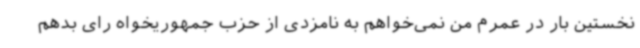
نخستین بار در عمرم من نمی‌خواهم به نامزدی از حزب جمهوریخواه رای بدهم